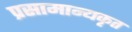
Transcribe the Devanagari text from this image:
प्रसामान्यकृत